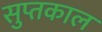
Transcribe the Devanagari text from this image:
सुप्तकाल